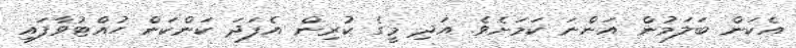
އެކަން ބަލަމުން އަންނަ ކަމަށެވެ. އަދި މީގެ ކުރިން އެފަދަ ކަންކަން ހުއްޓުވާފައި